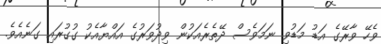
ވެހޭ ވާރޭގެ އަޑު މަޑުވި ނަމަވެސް ދޭތެރެއަކުން ވިދުވަރުގެ އައްޔާއެކު ގުގުރައި ގަނެއެވެ.